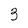
Character: 3